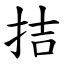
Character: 拮